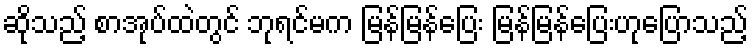
ဆိုသည့် စာအုပ်ထဲတွင် ဘုရင်မက မြန်မြန်ပြေး မြန်မြန်ပြေးဟုပြောသည့်